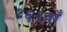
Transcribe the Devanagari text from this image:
१६१वाँ